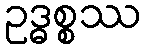
ဥဒ္ဓစ္စဿ